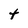
Character: t